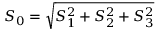
\begin{array} { r } { S _ { 0 } = \sqrt { S _ { 1 } ^ { 2 } + S _ { 2 } ^ { 2 } + S _ { 3 } ^ { 2 } } } \end{array}